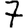
Digit: 7